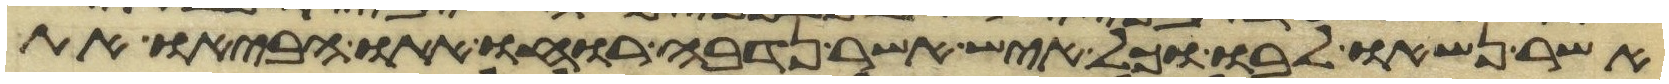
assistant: אשר נשאו לבו וכל איש אשר נדבה רוחו אתו הביאו את